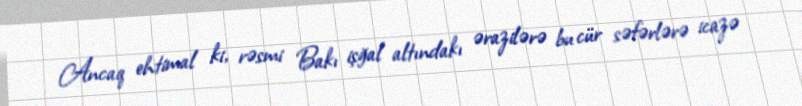
Ancaq ehtimal ki, rəsmi Bakı işğal altındakı ərazilərə bu cür səfərlərə icazə